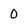
Character: 0